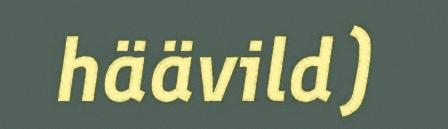
häävild)